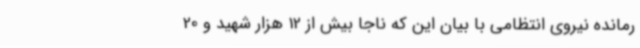
رمانده نیروی انتظامی با بیان این که ناجا بیش از 12 هزار شهید و 20